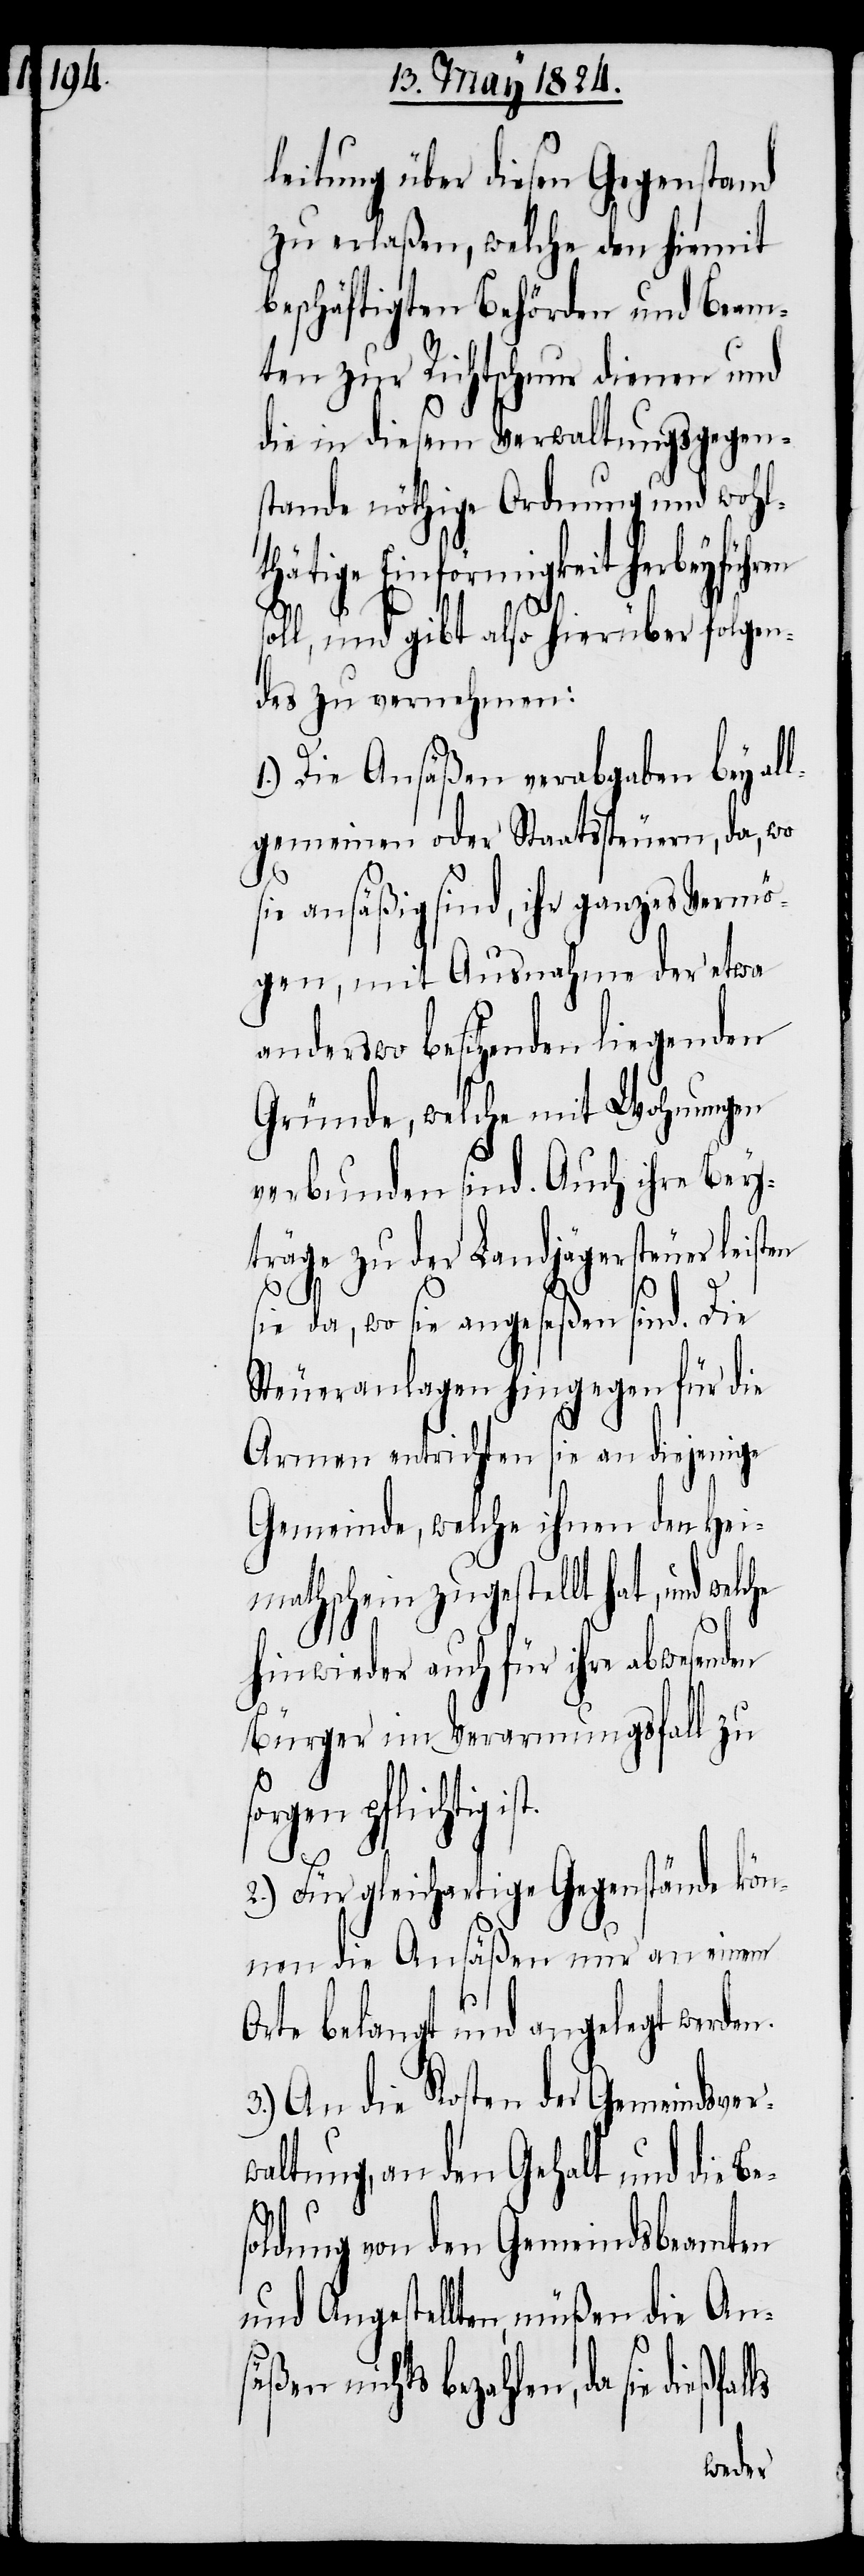
leitung über diesen Gegenstand
zu erlaßen, welche den hiemit
beschäftigten Behörden und Beam¬
ten zur Richtschnur dienen und
die in diesem Verwaltungsgegen¬
stande nöthige Ordnung und wohl¬
thätige Einförmigkeit herbeyführen
soll, und gibt also hierüber folgen¬
des zu vernehmen:
1.) Die Ansäßen verabgaben bey al¬
lgemeinen oder Staatssteuern, da, wo
sie ansäßig sind, ihr ganzes Vermö¬
gen, mit Ausnahme der etwa
anderswo besitzenden liegenden
Gründe, welche mit Wohnungen
verbunden sind. Auch ihre Bey¬
träge zu der Landjägersteuer leisten
st.
sie da, wo sie angeseßen sind. Die
Steueranlagen hingegen für die
Armen entrichten sie an diejenige
Gemeinde, welche ihnen den Hei¬
mathschein zugestellt hat, und
hinwieder auch für ihre abwesenden
Bürger im Verarmungsfall zu
sorgen pflichtig i¬
2.) Für gleichartige Gegenstände kön¬
nen die Ansäßen nur an einem
Orte belangt und angelegt werden.
3.) An die Kosten der Gemeindsver¬
waltung, an den Gehalt und die Be¬
soldung von den Gemeindsbeamten
und Angestellten, müßen die Ans¬
äßen nichts bezahlen, da sie